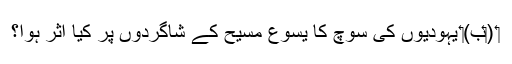
‏ (‏ب)‏ یہودیوں کی سوچ کا یسوع مسیح کے شاگردوں پر کیا اثر ہوا؟